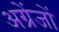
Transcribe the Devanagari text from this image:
अग्रेंजों